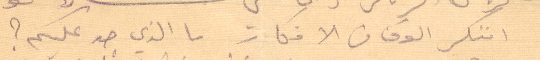
افتكر الوف من الأفكار ما الذي جدّ عليكم؟